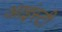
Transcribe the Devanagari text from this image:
आइंस्टी